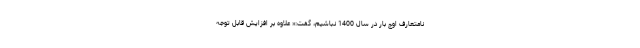
نامتعارف اوج بار در سال 1400 نباشیم، گفت:« علاوه بر افزایش قابل توجه